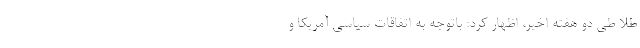
طلا طی دو هفته اخیر، اظهار کرد: باتوجه به اتفاقات سیاسی آمریکا و